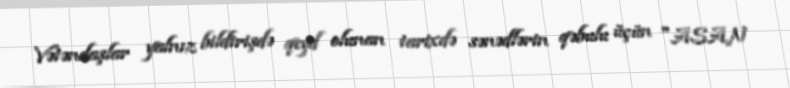
Vətəndaşlar yalnız bildirişdə qeyd olunan tarixdə sənədlərin qəbulu üçün "ASAN